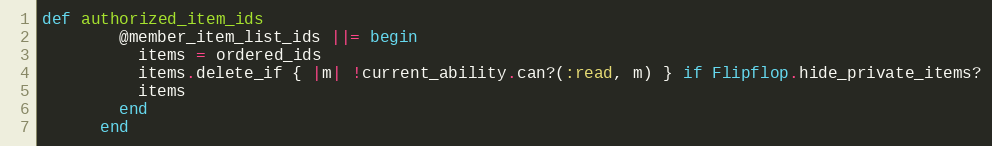
Language: Ruby
def authorized_item_ids
        @member_item_list_ids ||= begin
          items = ordered_ids
          items.delete_if { |m| !current_ability.can?(:read, m) } if Flipflop.hide_private_items?
          items
        end
      end